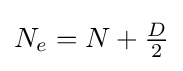
N_{e}=N+{\begin{matrix}{\frac {D}{2}}\end{matrix}}